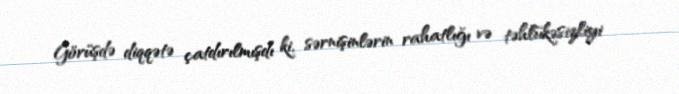
Görüşdə diqqətə çatdırılmışdı ki, sərnişinlərin rahatlığı və təhlükəsizliyi